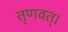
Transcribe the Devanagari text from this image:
तृणवत्।